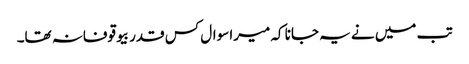
تب میں نے یہ جانا کہ میرا سوال کس قدر بیوقوفانہ تھا۔